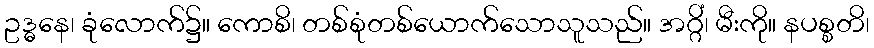
ဥဒ္ဓနေ၊ ခုံလောက်၌။ ကောစိ၊ တစ်စုံတစ်ယောက်သောသူသည်။ အဂ္ဂိံ၊ မီးကို။ နပစ္စတိ၊